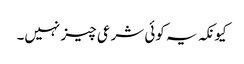
کیونکہ یہ کوئی شرعی چیز نہیں۔